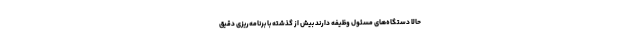
حالا دستگاه‌های مسئول وظیفه دارند بیش از گذشته با برنامه‌ریزی دقیق